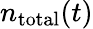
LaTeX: n_{\mathrm{total}}(t)